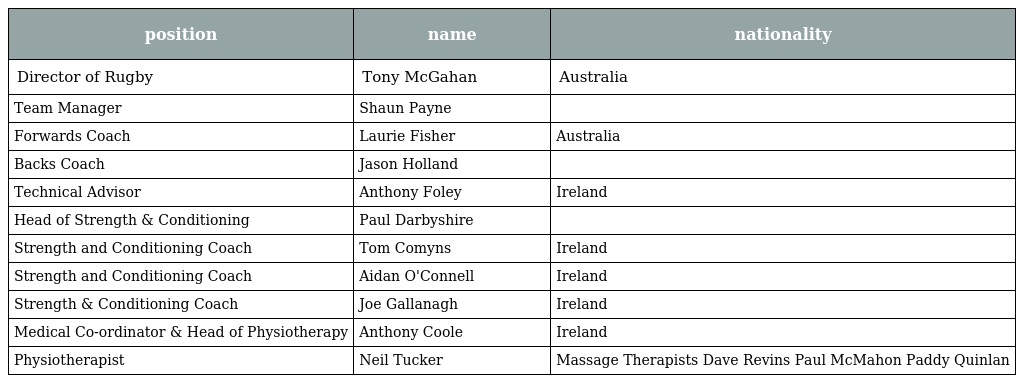
| position | name | nationality |
 | --- | --- | --- |
 | Director of Rugby | Tony McGahan | Australia |
 | Team Manager | Shaun Payne |  |
 | Forwards Coach | Laurie Fisher | Australia |
 | Backs Coach | Jason Holland |  |
 | Technical Advisor | Anthony Foley | Ireland |
 | Head of Strength & Conditioning | Paul Darbyshire |  |
 | Strength and Conditioning Coach | Tom Comyns | Ireland |
 | Strength and Conditioning Coach | Aidan O'Connell | Ireland |
 | Strength & Conditioning Coach | Joe Gallanagh | Ireland |
 | Medical Co-ordinator & Head of Physiotherapy | Anthony Coole | Ireland |
 | Physiotherapist | Neil Tucker | Massage Therapists Dave Revins Paul McMahon Paddy Quinlan |